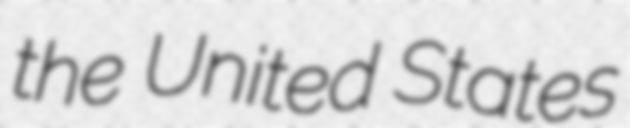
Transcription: the United States